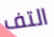
التف